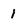
Character: 1